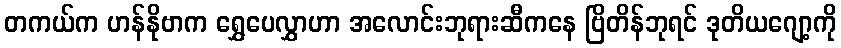
တကယ်က ဟန်နိုဗာက ရွှေပေလွှာဟာ အလောင်းဘုရားဆီကနေ ဗြိတိန်ဘုရင် ဒုတိယဂျော့ကို